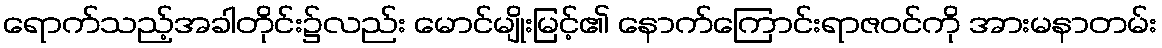
ရောက်သည့်အခါတိုင်း၌လည်း မောင်မျိုးမြင့်၏ နောက်ကြောင်းရာဇဝင်ကို အားမနာတမ်း